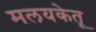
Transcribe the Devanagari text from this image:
मलयकेतू